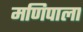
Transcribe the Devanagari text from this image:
मणिपाला